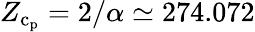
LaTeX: Z_{\mathrm{c}_{\mathrm{p}}}=2/\alpha\simeq 274.072